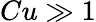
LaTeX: Cu\gg 1